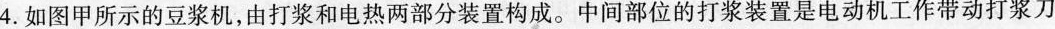
4.如图甲所示的豆浆机，由打浆和电热两部分装置构成。中间部位的打浆装置是电动机工作带动打浆刀